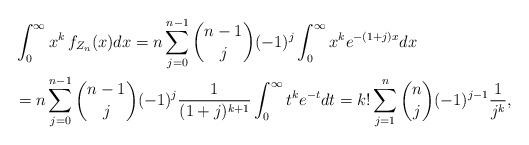
LaTeX: \begin{align*} & \int_{0}^{\infty} x^{k} \, f_{Z_{n}}(x) dx = n \sum_{j=0}^{n-1} \binom{n-1}{j} (-1)^{j} \int_{0}^{\infty} x^{k} e^{-(1+j)x} dx\\& = n \sum_{j=0}^{n-1} \binom{n-1}{j} (-1)^{j} \frac{1}{(1+j)^{k+1}} \int_{0}^{\infty} t^{k} e^{-t} dt = k! \sum_{j=1}^{n} \binom{n}{j} (-1)^{j-1} \frac{1}{j^{k}},\end{align*}